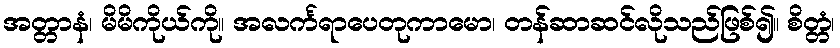
အတ္တာနံ၊ မိမိကိုယ်ကို။ အလင်္ကရာပေတုကာမော၊ တန်ဆာဆင်လိုသည်ဖြစ်၍။ စိတ္တံ၊